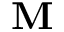
\mathbf { M }